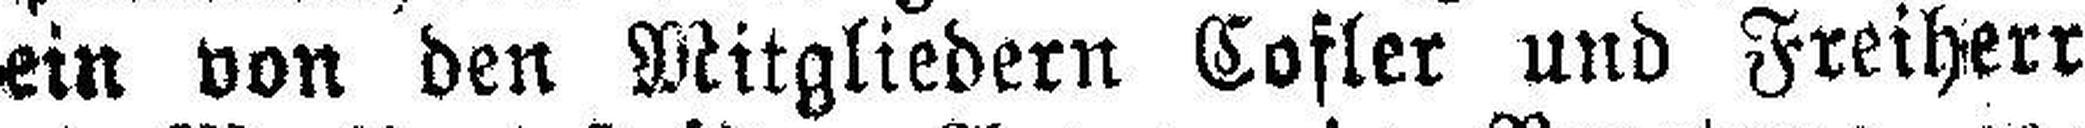
ein von den Mitgliedern Cofler und Freiherr